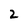
Character: 2